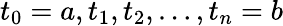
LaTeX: t_{0}=a,t_{1},t_{2},\ldots,t_{n}=b